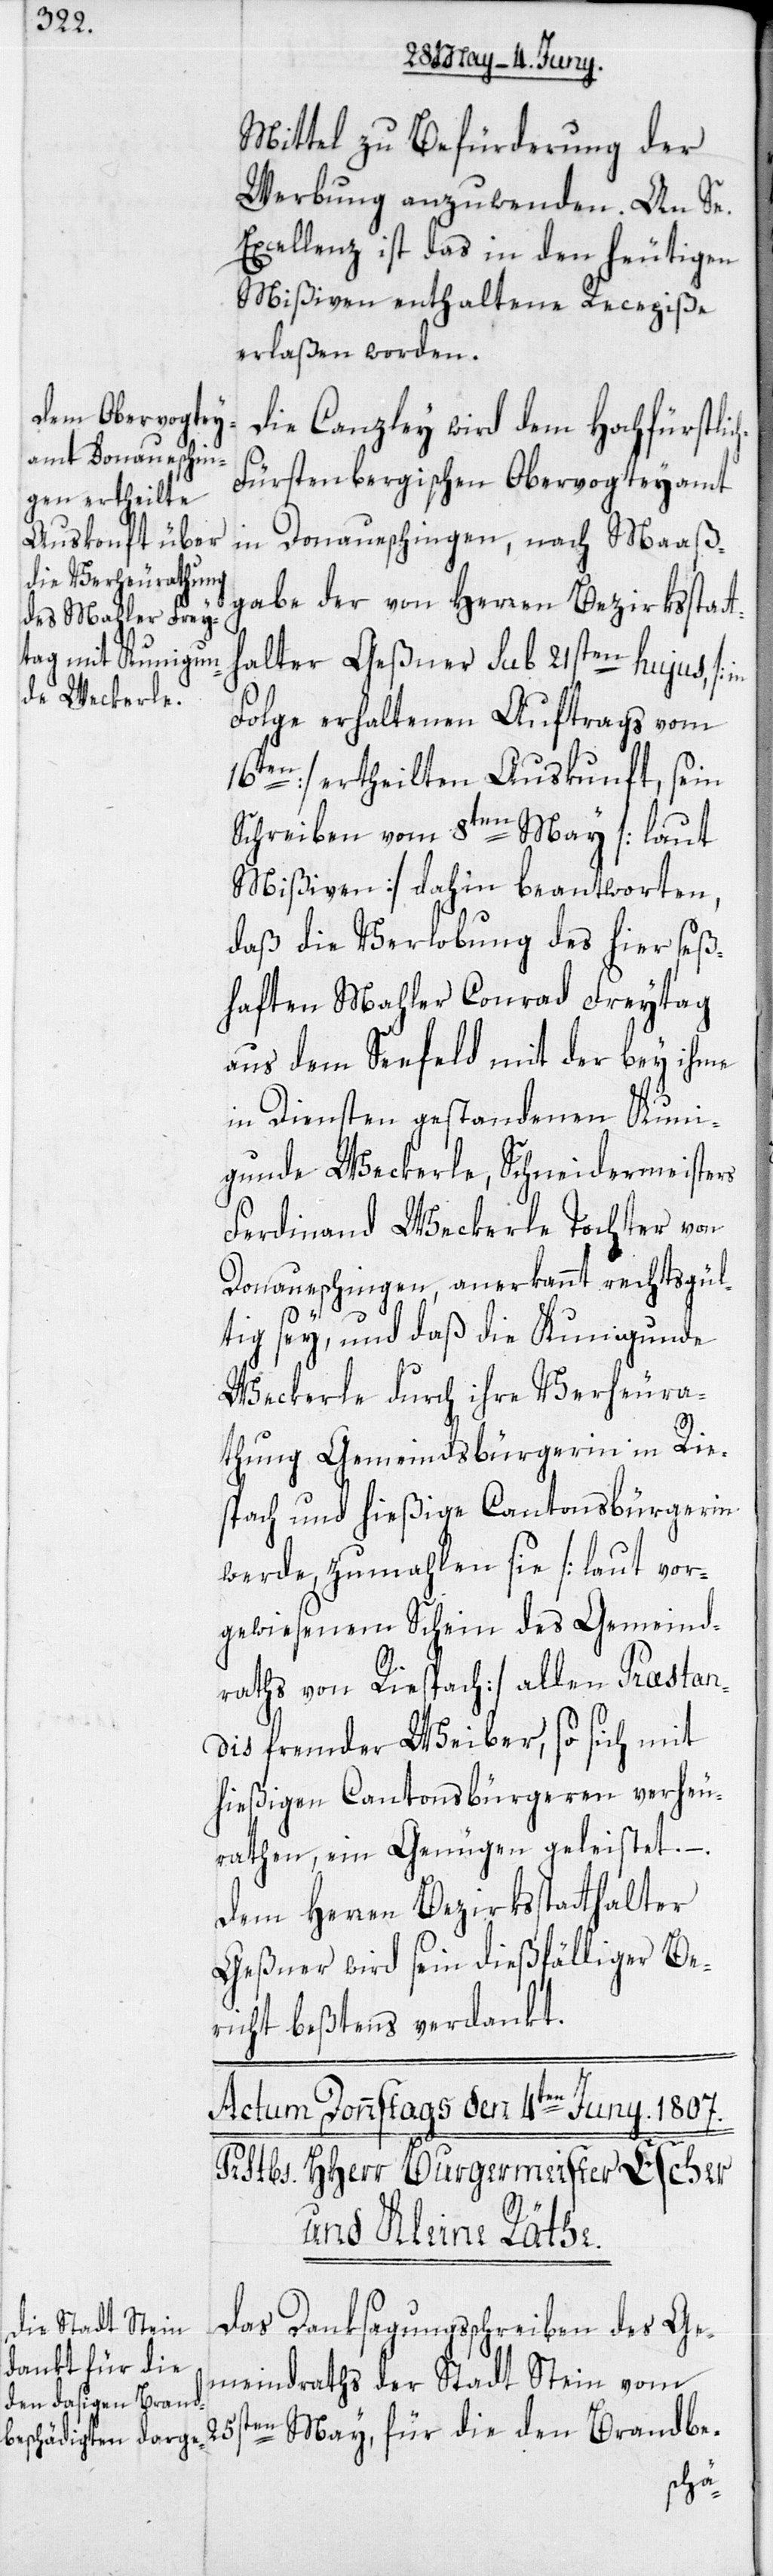
Mittel zu Befürderung der
Werbung anzuwenden. An Se.
Excellenz ist das in den heutigen
Mißiven enthaltene Recepiße
erlaßen worden.
Die Canzley wird dem Hochfürstlic¬
h-Fürstenbergischen Obervogteyamt
in Donaueschingen, nach Maaß¬
gabe der von Herren Bezirksstatt¬
halter Geßner sub 21sten hujus [in
Folge erhaltenen Auftrags vom
16ten] ertheilten Auskunft, sein
Schreiben vom 8ten May [laut
Mißiven] dahin beantworten,
daß die Verlobung des hier seß¬
haften Mahler Conrad Freytag
aus dem Seefeld mit der bey ihme
in Diensten gestandenen Kuni¬
gunde Weckerle, Schneidermeisters
Ferdinand Weckerle Tochter von
Donaueschingen, anerkannt rechtsgül¬
tig sey, und daß die Kunigunde
Weckerle durch ihre Verheura¬
thung Gemeindsbürgerin in Rie¬
spach und hießige Cantonsbürgerin
werde, zumahlen sie [laut vor¬
gewiesenem Schein des Gemeind¬
raths von Riespach] allen Præstan¬
dis fremder Weiber, so sich mit
hießigen Cantonsbürgeren verheu¬
rathen, ein Genügen geleistet. –.
Dem Herren Bezirksstatthalter
Geßner wird sein dießfälliger Be¬
richt beßtens verdankt.
Das Danksagungsschreiben des Ge¬
meindraths der Stadt Stein vom
25sten May, für die den Brandbe-